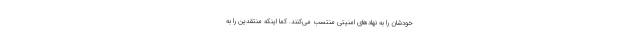
خودشان را به نهادهای امنیتی منتسب می‌کنند. کما اینکه منتقدین را به